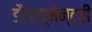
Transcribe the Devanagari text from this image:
डौक्यूमेन्ट्री